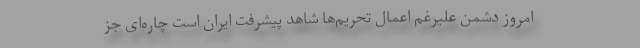
امروز دشمن علیرغم اعمال تحریم‌ها شاهد پیشرفت ایران است چاره‌ای جز